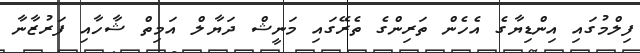
ފިލްމުގައި އިންޑިޔާގެ އެހެން ތަރިންގެ ތެރޭގައި މަނީޝް ދަޔާލް އަމިތް ޝާހާއި ފަރުޒާނާ